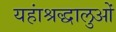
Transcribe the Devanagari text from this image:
यहांश्रद्धालुओं